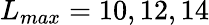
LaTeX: L_{max}=10,12,14